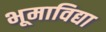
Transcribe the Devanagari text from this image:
भूमाविद्या